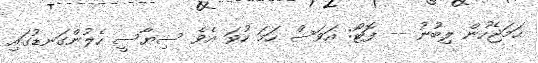
ހަމަޖެހުން ލިބުނު -- ފޮޓޯ: އަވަސް ހަމަ ހުވަ އެވެ ސިޔާސީ ހެލުންގަނޑުގައި